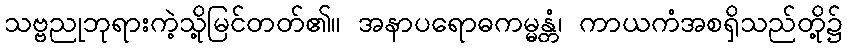
သဗ္ဗညုဘုရားကဲ့သို့မြင်တတ်၏။ အနာပရောဓကမ္မန္တံ၊ ကာယကံအစရှိသည်တို့၌